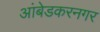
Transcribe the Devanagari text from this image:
आंबेडकरनगर